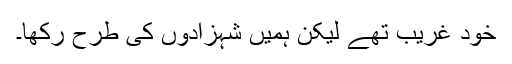
خود غریب تھے لیکن ہمیں شہزادوں کی طرح رکھا۔